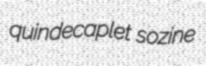
quindecaplet sozine